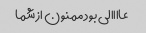
عاااالی بود ممنون از شما